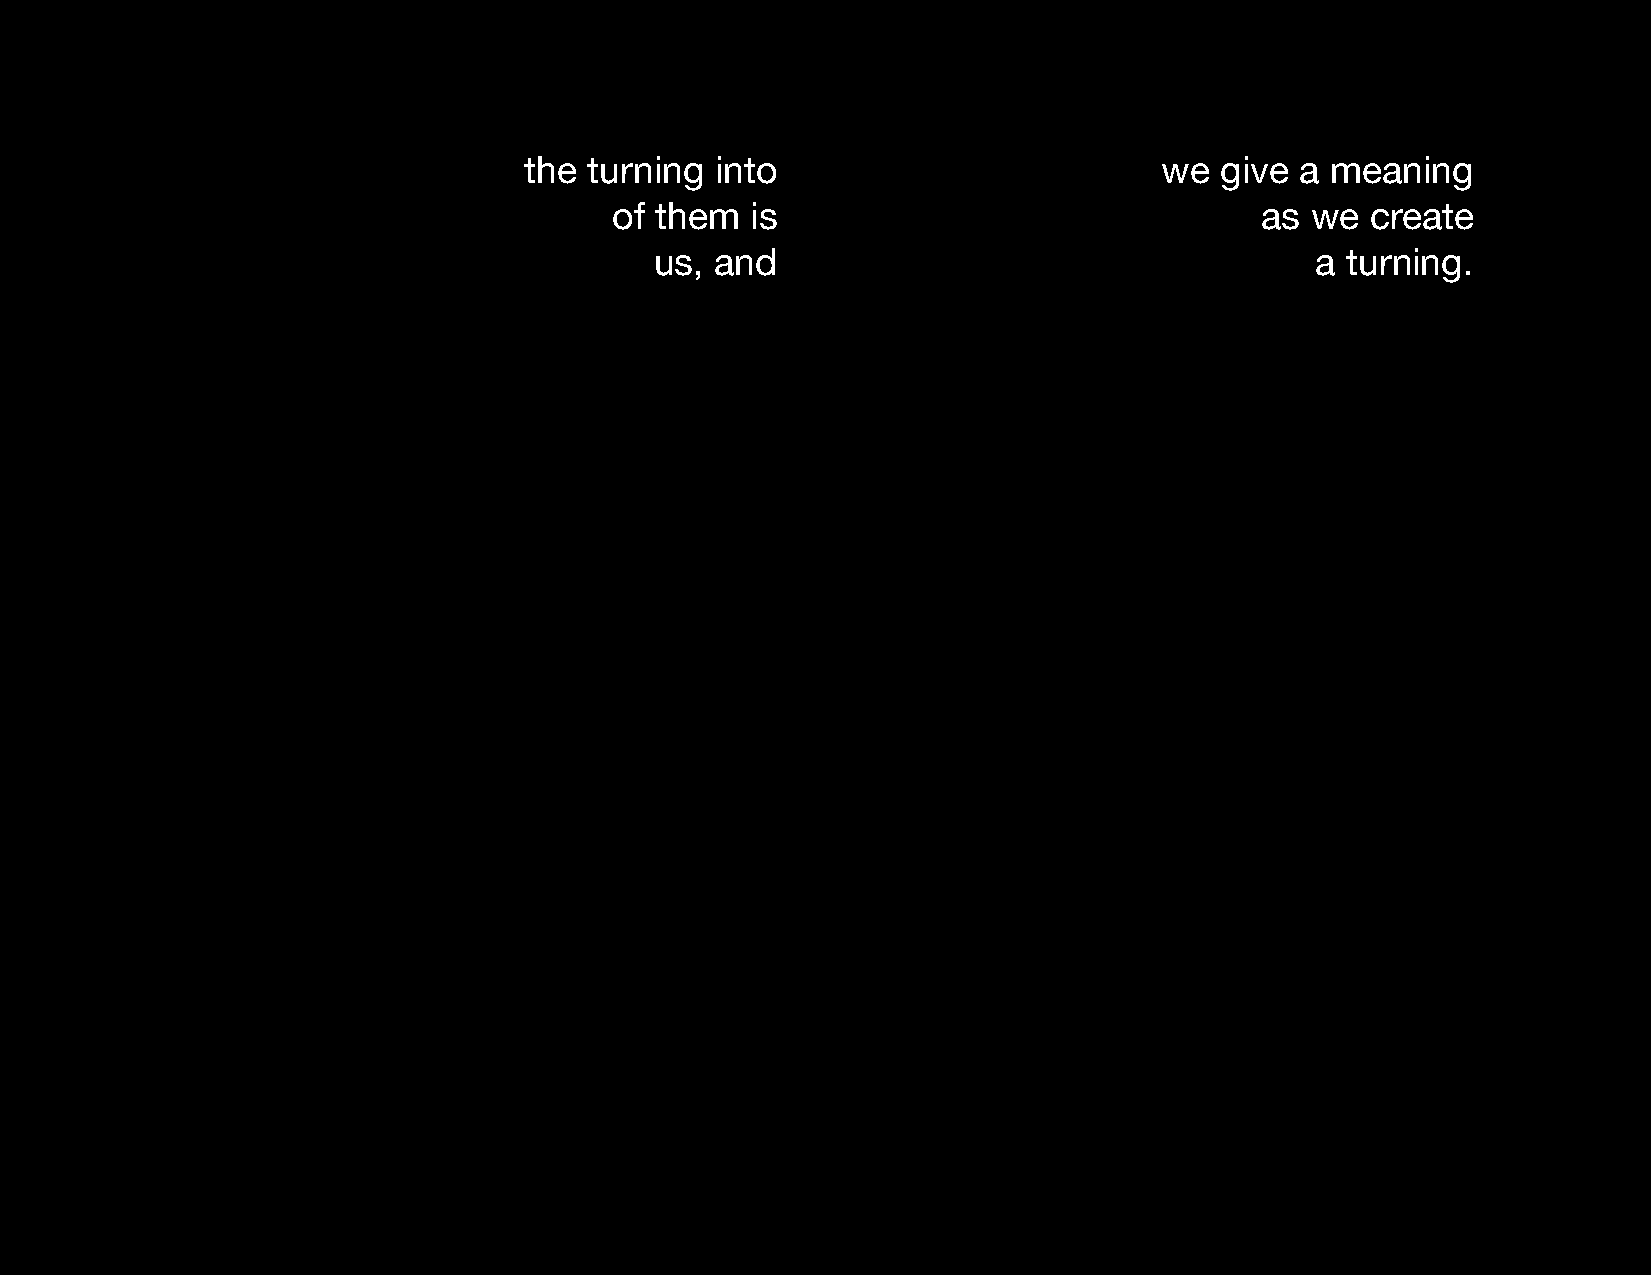
the turning into                          we  give a meaning
 of them  is                               as  we  create
 us, and                                     a turning.